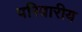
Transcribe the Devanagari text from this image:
परिवारीय